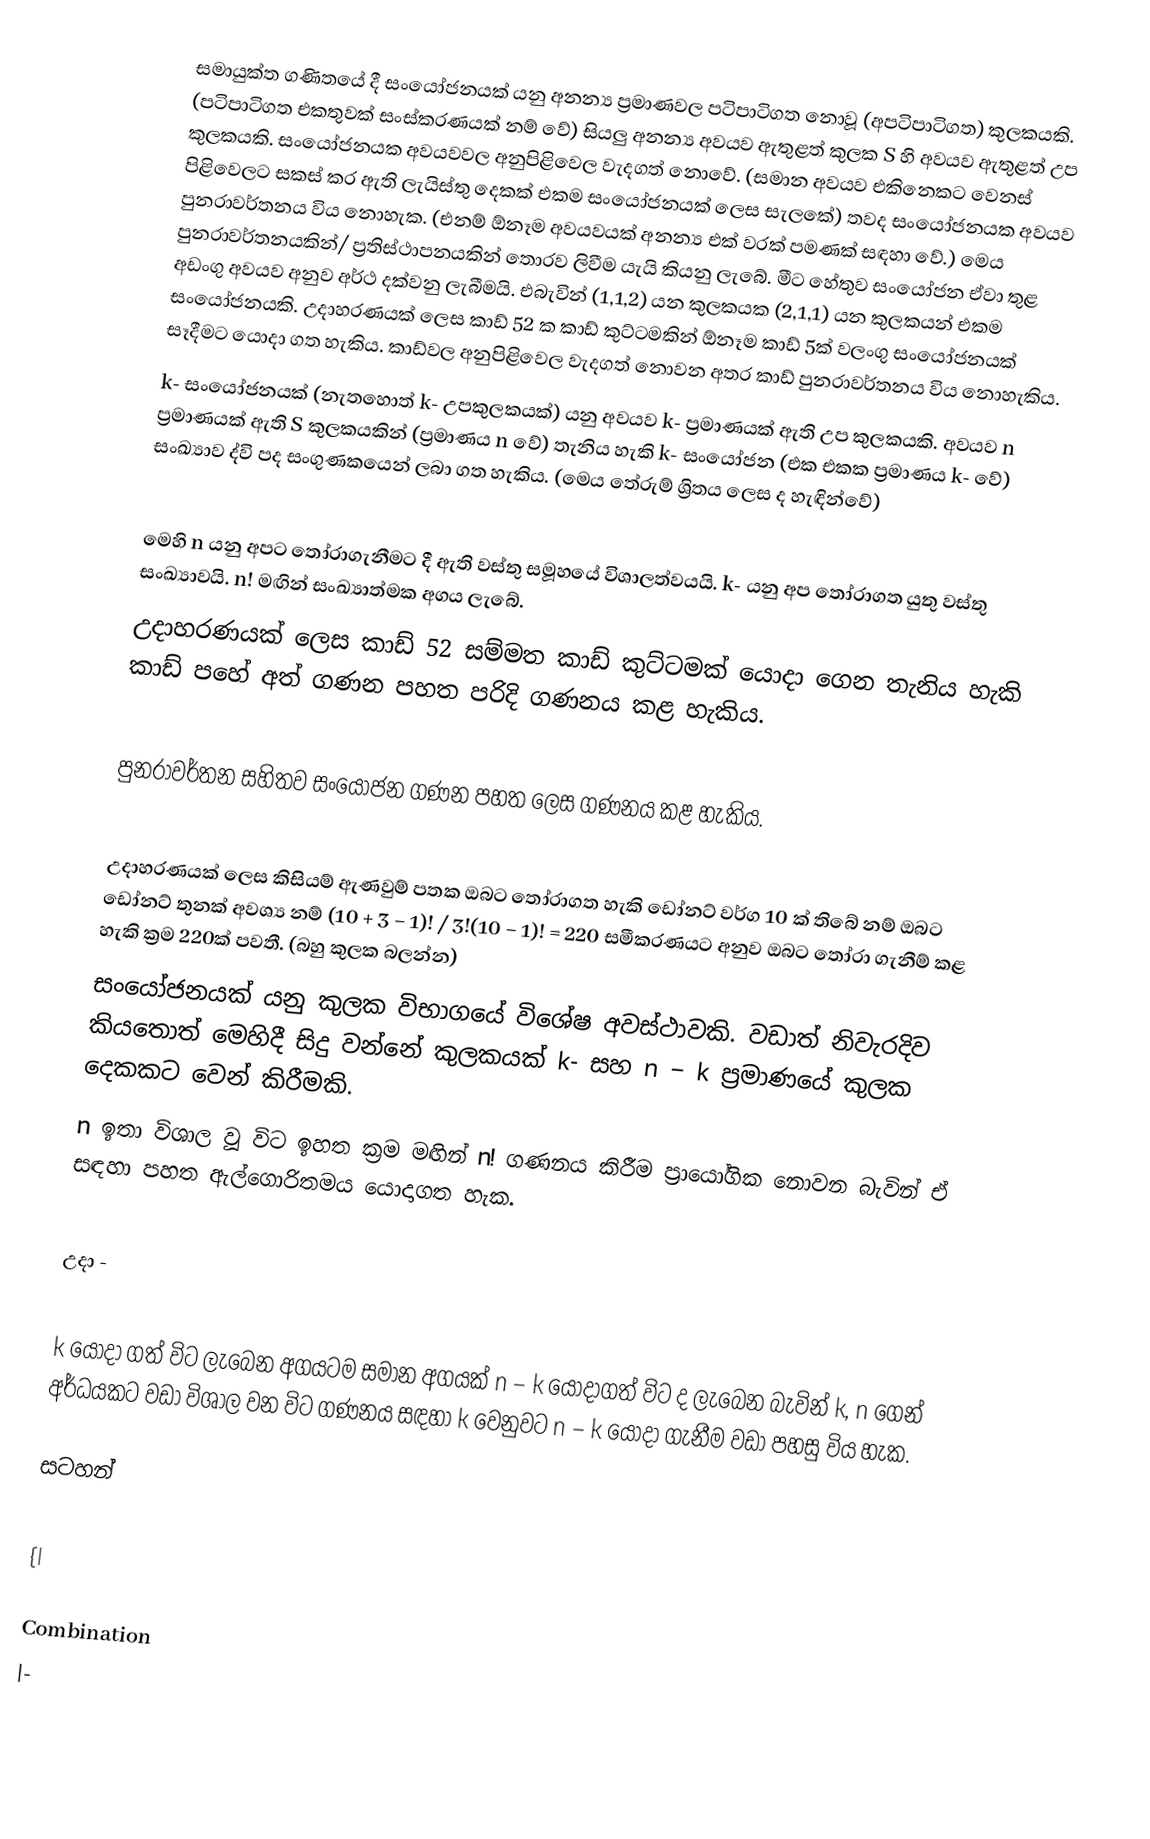
සමායුක්ත ගණිතයේ දී සංයෝජනයක් යනු අනන්‍ය ප්‍රමාණවල පටිපාටිගත නොවූ (අපටිපාටිගත) කුලකයකි. (පටිපාටිගත එකතුවක් සංස්කරණයක් නම් වේ) සියලු අනන්‍ය අවයව ඇතුළත් කුලක S හි අවයව ඇතුළත් උප කුලකයකි. සංයෝජනයක අවයවවල අනුපිළිවෙල වැදගත් නොවේ. (සමාන අවයව එකිනෙකට වෙනස් පිළිවෙලට සකස් කර ඇති ලැයිස්තු දෙකක් එකම සංයෝජනයක් ලෙස සැලකේ) තවද සංයෝජනයක අවයව පුනරාවර්තනය විය නොහැක. (එනම් ඕනෑම අවයවයක් අනන්‍ය එක් වරක් පමණක් සඳහා වේ.) මෙය පුනරාවර්තනයකින්/ ප්‍රතිස්ථාපනයකින් තොරව ලිවීම යැයි කියනු ලැබේ. මීට හේතුව සංයෝජන ඒවා තුළ අඩංගු අවයව අනුව අර්ථ දක්වනු ලැබීමයි. එබැවින් (1,1,2) යන කුලකයක (2,1,1) යන කුලකයන් එකම සංයෝජනයකි. උදාහරණයක් ලෙස කාඩ් 52 ක කාඩ් කුට්ටමකින් ඕනෑම කාඩ් 5ක් වලංගු සංයෝජනයක් සෑදීමට යොදා ගත හැකිය. කාඩ්වල අනුපිළිවෙල වැදගත් නොවන අතර කාඩ් පුනරාවර්තනය විය නොහැකිය.
k- සංයෝජනයක් (නැතහොත් k- උපකුලකයක්) යනු අවයව k- ප්‍රමාණයක් ඇති උප කුලකයකි. අවයව n ප්‍රමාණයක් ඇති S කුලකයකින් (ප්‍රමාණය n වේ) තැනිය හැකි k- සංයෝජන (එක එකක ප්‍රමාණය k- වේ) සංඛ්‍යාව ද්වි පද සංගුණකයෙන් ලබා ගත හැකිය. (මෙය තේරුම් ශ්‍රිතය ලෙස ද හැඳින්වේ)

මෙහි n යනු අපට තෝරාගැනීමට දී ඇති වස්තු සමූහයේ විශාලත්වයයි. k- යනු අප තෝරාගත යුතු වස්තු සංඛ්‍යාවයි. n! මඟින් සංඛ්‍යාත්මක අගය ලැබේ.
උදාහරණයක් ලෙස කාඩ් 52 සම්මත කාඩ් කුට්ටමක් යොදා ගෙන තැනිය හැකි කාඩ් පහේ අත් ගණන පහත පරිදි ගණනය කළ හැකිය.

පුනරාවර්තන සහිතව සංයෝජන ගණන පහත ලෙස ගණනය කළ හැකිය.

උදාහරණයක් ලෙස කිසියම් ඇණවුම් පතක ඔබට තෝරාගත හැකි ඩෝනට් වර්ග 10 ක් තිබේ නම් ඔබට ඩෝනට් තුනක් අවශ්‍ය නම්  (10 + 3 − 1)! / 3!(10 − 1)! = 220 සමීකරණයට අනුව ඔබට තෝරා ගැනීම් කළ හැකි ක්‍රම 220ක් පවතී. (බහු කුලක බලන්න)
සංයෝජනයක් යනු කුලක විභාගයේ විශේෂ අවස්ථාවකි. වඩාත් නිවැරදිව කියතොත් මෙහිදී සිදු වන්නේ කුලකයක් k- සහ n − k ප්‍රමාණයේ කුලක දෙකකට වෙන් කිරීමකි.
n ඉතා විශාල වූ විට ඉහත ක්‍රම මඟින් n! ගණනය කිරීම ප්‍රායෝගික නොවන බැවින් ඒ සඳහා පහත ඇල්ගොරිතමය යොදාගත හැක.

උදා -

k  යොදා ගත් විට ලැබෙන අගයටම සමාන අගයක් n − k  යොදාගත් විට ද ලැබෙන බැවින් k,  n ගෙන් අර්ධයකට වඩා විශාල වන විට ගණනය සඳහා k වෙනුවට n − k යොදා ගැනීම වඩා පහසු විය හැක.

සටහන්

{|

Combination
|-